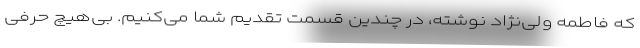
که فاطمه ولی‌نژاد نوشته، در چندین قسمت تقدیم شما می‌کنیم. بی‌هیچ حرفی